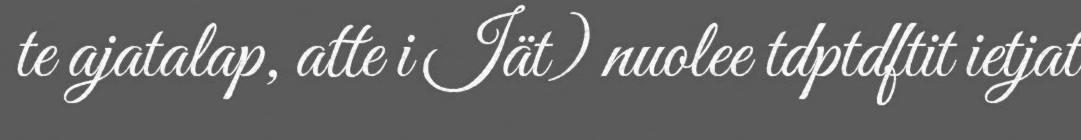
te ajatalap, atte i Iät) nuolee tdptdftit ietjat